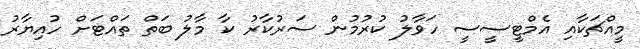
މީއްޗަކާއި އެމްޓީސީސީ ހަވާލު ކުރުމުން ސަރުކާރު ކާ މާލު ބަތް ތައްޓަށް ހުއިޔާރު